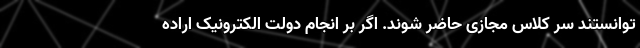
توانستند سر کلاس مجازی حاضر شوند. اگر بر انجام دولت الکترونیک اراده